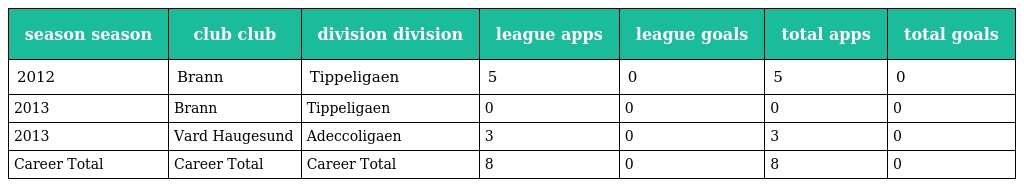
| season season | club club | division division | league apps | league goals | total apps | total goals |
 | --- | --- | --- | --- | --- | --- | --- |
 | 2012 | Brann | Tippeligaen | 5 | 0 | 5 | 0 |
 | 2013 | Brann | Tippeligaen | 0 | 0 | 0 | 0 |
 | 2013 | Vard Haugesund | Adeccoligaen | 3 | 0 | 3 | 0 |
 | Career Total | Career Total | Career Total | 8 | 0 | 8 | 0 |